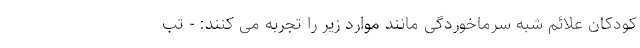
کودکان علائم شبه سرماخوردگی مانند موارد زیر را تجربه می کنند: - تب